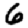
Digit: 6